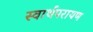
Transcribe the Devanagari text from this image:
स्वार्थपरायण